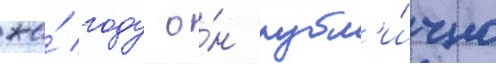
же́ году о́н публ'и́чно